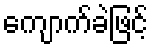
ကျောက်ခဲဖြင့်